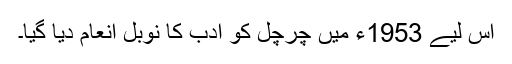
اس لیے 1953ء میں چرچل کو ادب کا نوبل انعام دیا گیا۔